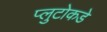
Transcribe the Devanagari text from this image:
प्लुटोकडे